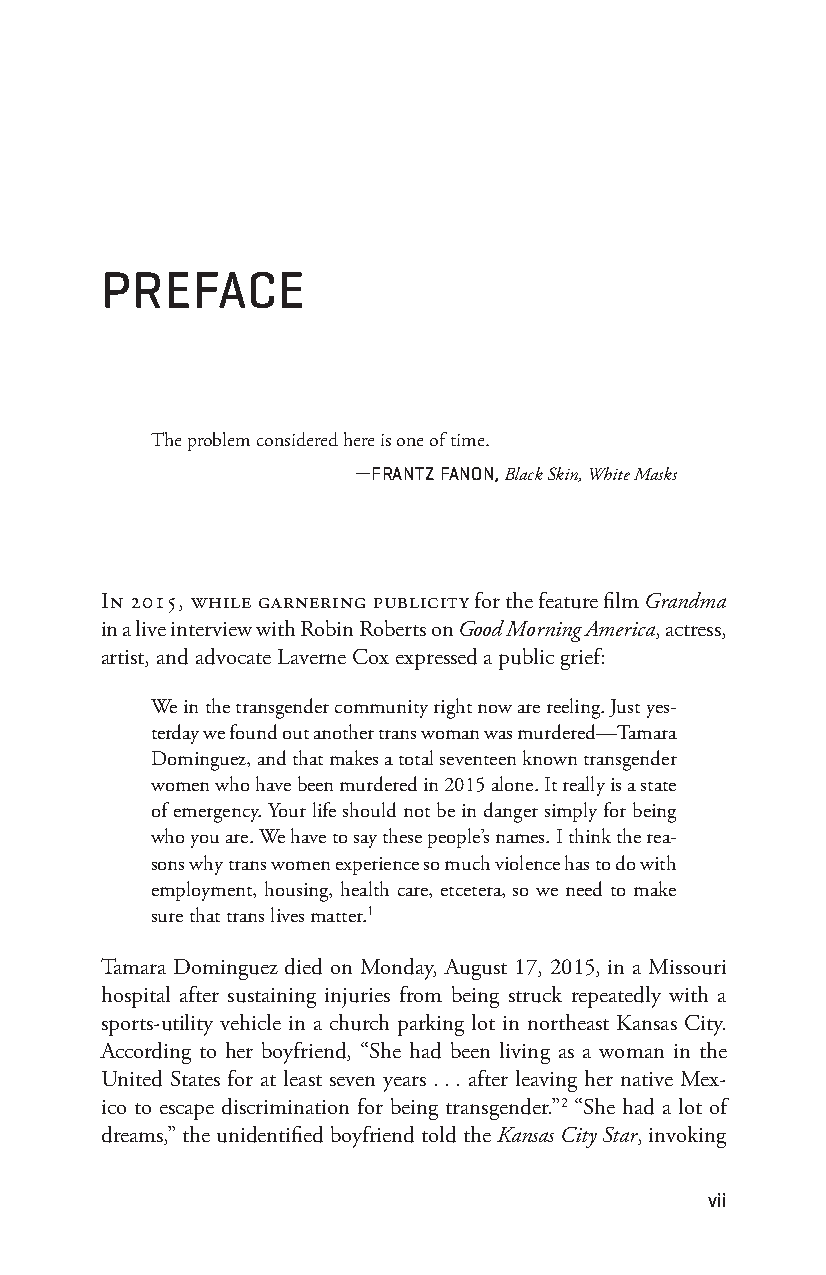
Preface
 The problem considered here is one of time.
 — frantz fanon, Black Skin, White Masks
 In 2015, whIle garnerIng PublIcIty for the feature film Grandma
 in a live interview with Robin Roberts on Good Morning America, actress,
 artist, and advocate Laverne Cox expressed a public grief:
 We in the transgender community right now are reeling. Just yes-
 terday we found out another trans woman was murdered— Tamara
 Dominguez, and that makes a total seventeen known transgender
 women who have been murdered in 2015 alone. It really is a state
 of emergency. Your life should not be in danger simply for being
 who you are. We have to say these people’s names. I think the rea-
 sons why trans women experience so much violence has to do with
 employment, housing, health care, etcetera, so we need to make
 sure that trans lives matter.1
 Tamara Dominguez died on Monday, August 17, 2015, in a Missouri
 hospital after sustaining injuries from being struck repeatedly with a
 sports- utility vehicle in a church parking lot in northeast Kansas City.
 According to her boyfriend, “She had been living as a woman in the
 United States for at least seven years . . . after leaving her native Mex-
 ico to escape discrimination for being transgender.”2 “She had a lot of
 dreams,” the unidentified boyfriend told the Kansas City Star, invoking
 vii
 Snorton.indd 7                              29/09/2017 8:40:55 AM